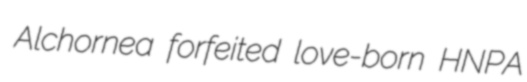
Alchornea forfeited love-born HNPA